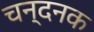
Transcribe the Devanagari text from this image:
चन्दनक